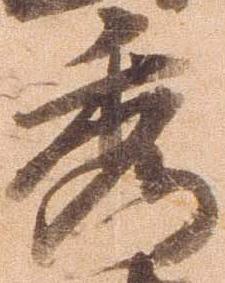
秀